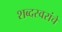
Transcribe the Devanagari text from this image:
शब्दस्वरांचे